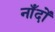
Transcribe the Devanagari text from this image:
नाँदों